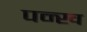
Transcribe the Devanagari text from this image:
पन्ख